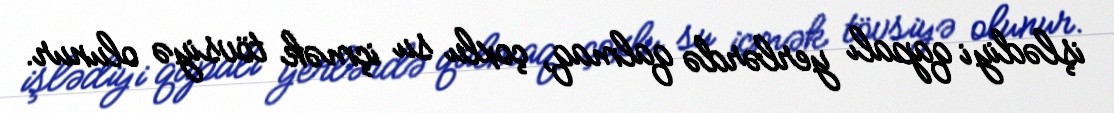
işlədiyi qapalı yerlərdə qalmaq, çoxlu su içmək tövsiyə olunur.